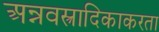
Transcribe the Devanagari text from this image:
अन्नवस्त्रादिकाकरता